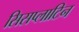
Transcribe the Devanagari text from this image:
सिसप्लाटिन